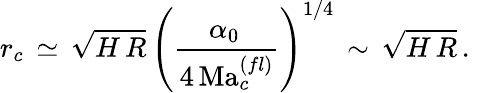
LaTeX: r_{c}\, \simeq\, \sqrt{H\, R}\, \left(\frac{\alpha_{0}\, }{4\, \mathrm{Ma}_{c}^{(fl)}}\right)^{1/4}\, \sim\, \sqrt{H\, R}\, .\